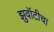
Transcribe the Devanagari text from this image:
झुवॉटीचा